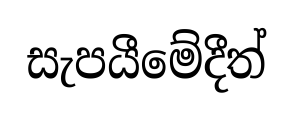
සැපයීමේදීත්